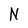
Character: N